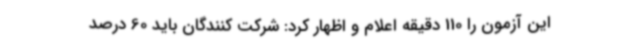
این آزمون را 110 دقیقه اعلام و اظهار کرد: شرکت کنندگان باید 60 درصد